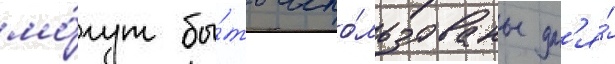
мо́гут бы́ть испо́льзованы дл'я́